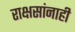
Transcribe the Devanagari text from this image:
राक्षसांनाही